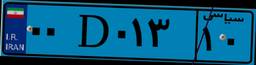
۰۵D۹۲۰۸۹